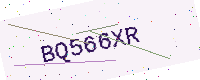
Text: BQ566XR